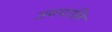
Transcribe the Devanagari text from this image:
उपपालि